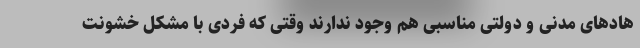
هادهای مدنی و دولتی مناسبی هم وجود ندارند وقتی که فردی با مشکل خشونت